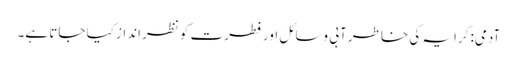
آدمی: کرایہ کی خاطر آبی وسائل اور فطرت کو نظرانداز کیا جاتا ہے۔